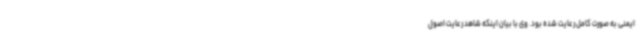
ایمنی به صورت کامل رعایت شده بود. وی با بیان اینکه شاهد رعایت اصول